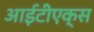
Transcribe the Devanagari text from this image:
आईटीएक्स